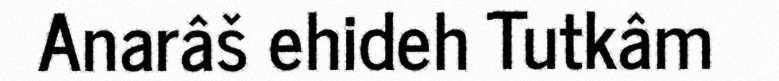
Anarâš ehideh Tutkâm